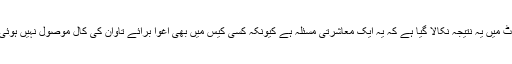
رپورٹ میں یہ نتیجہ نکالا گیا ہے کہ یہ ایک معاشرتی مسئلہ ہے کیونکہ کسی کیس میں بھی اغوا برائے تاوان کی کال موصول نہیں ہوئی تھی۔